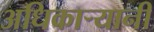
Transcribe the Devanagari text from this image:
अधिकार्‍यानी